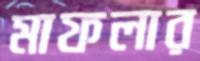
মাফলার